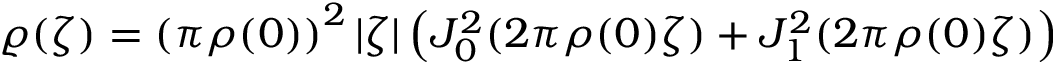
\varrho ( \zeta ) = \left( \pi \rho ( 0 ) \right) ^ { 2 } | \zeta | \left( J _ { 0 } ^ { 2 } ( 2 \pi \rho ( 0 ) \zeta ) + J _ { 1 } ^ { 2 } ( 2 \pi \rho ( 0 ) \zeta ) \right)